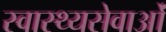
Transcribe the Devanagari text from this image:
स्वास्थ्यसेवाओं